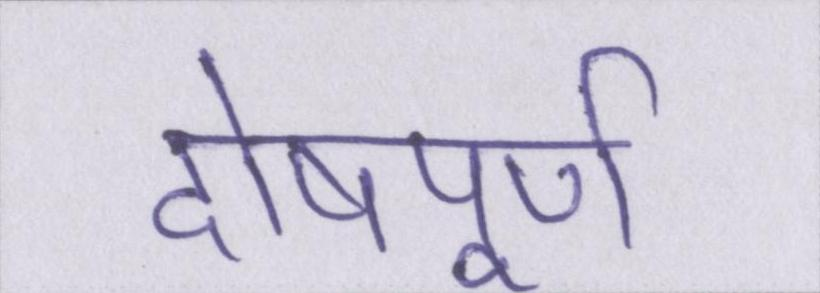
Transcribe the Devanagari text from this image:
दोषपूर्ण